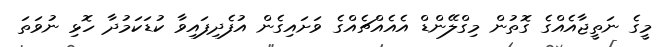
މީގެ ނަތީޖާއެއްގެ ގޮތުން މިގްލޭންޑް އެއެއްޗެއްގެ ވަށައިގެން އުފެދިފައިވާ ކުޑަކަމުދާ ހޮޅި ނުވަތަ